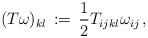
LaTeX: \begin{align*}(T \omega)_{kl} \,:=\,\frac{1}{2}T_{ijkl}\omega_{ij}\,,\end{align*}